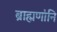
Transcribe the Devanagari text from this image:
ब्राह्मणांनि